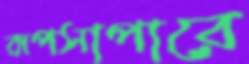
রূপসাপারে